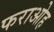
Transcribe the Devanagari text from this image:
फराओह